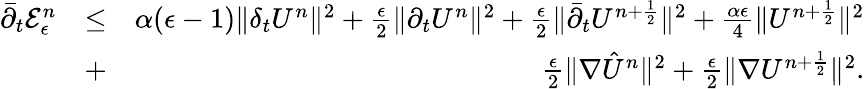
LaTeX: \begin{array}{rlr}{{\bar{\partial}}_{t}{\cal E}_{\epsilon}^{n}}&{\leq}&{\alpha(\epsilon-1)\| \delta_{t}U^{n}\| ^{2}+\frac{\epsilon}{2}\| \partial_{t}U^{n}\| ^{2}+\frac{\epsilon}{2}\| \bar{\partial}_{t}U^{n+\frac{1}{2}}\| ^{2}+\frac{\alpha\epsilon}{4}\| U^{n+\frac{1}{2}}\| ^{2}}\\ &{+}&{\frac{\epsilon}{2}\| \nabla{\hat{U}}^{n}\| ^{2}+\frac{\epsilon}{2}\| \nabla U^{n+\frac{1}{2}}\| ^{2}.}\end{array}